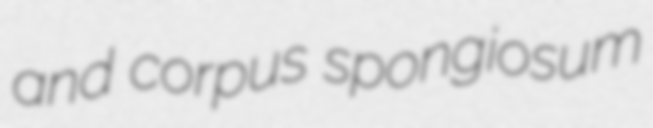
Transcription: and corpus spongiosum